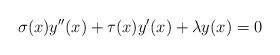
LaTeX: \begin{align*}\sigma(x) y^{\prime\prime}(x) + \tau(x) y^{\prime} (x) + \lambda y(x)=0\end{align*}